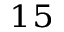
^ { 1 5 }